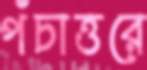
পঁচাত্তরে